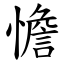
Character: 憺